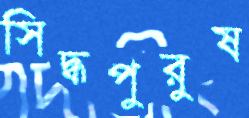
সিদ্ধপুরুষ